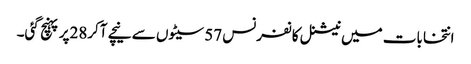
انتخابات میں نیشنل کانفرنس 57سیٹوں سے نیچے آکر28پر پہنچ گئی۔